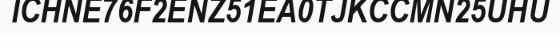
ICHNE76F2ENZ51EA0TJKCCMN25UHU